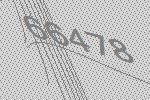
66478